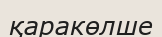
қаракөлше